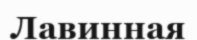
Лавинная